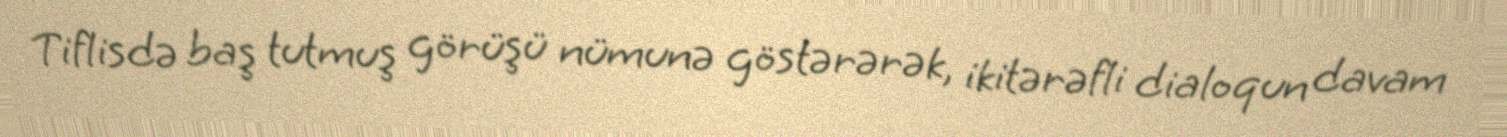
Tiflisdə baş tutmuş görüşü nümunə göstərərək, ikitərəfli dialoqun davam